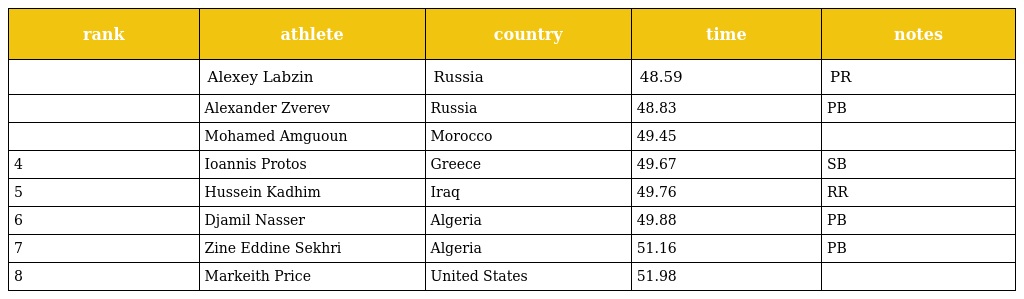
| rank | athlete | country | time | notes |
 | --- | --- | --- | --- | --- |
 |  | Alexey Labzin | Russia | 48.59 | PR |
 |  | Alexander Zverev | Russia | 48.83 | PB |
 |  | Mohamed Amguoun | Morocco | 49.45 |  |
 | 4 | Ioannis Protos | Greece | 49.67 | SB |
 | 5 | Hussein Kadhim | Iraq | 49.76 | RR |
 | 6 | Djamil Nasser | Algeria | 49.88 | PB |
 | 7 | Zine Eddine Sekhri | Algeria | 51.16 | PB |
 | 8 | Markeith Price | United States | 51.98 |  |